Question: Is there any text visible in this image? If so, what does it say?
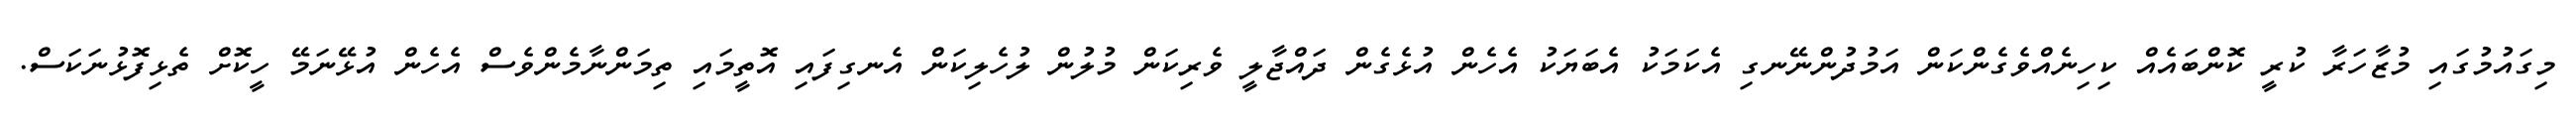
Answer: މިގައުމުގައި މުޒާހަރާ ކުރީ ކޮންބައެއް ކިހިނެއްވެގެންކަން އަމުދުންނޭނގި އެކަމަކު އެބަޔަކު އެހެން އުޅެގެން ދައްޖާލީ ވެރިކަން މުލުން ލުހެލިކަން އެނގިފައި އޮތީމައި ތިމަންނާމެންވެސް އެހެން އުޅޭނަމޭ ހީކޮށް ތެޅިފޮޅުނަކަސް.